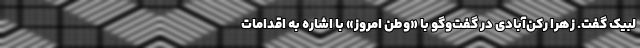
لبیک گفت. زهرا رکن‌آبادی در گفت‌وگو با «وطن امروز» با اشاره به اقدامات